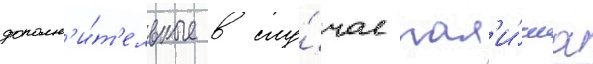
дополн'и́т'ельные в слу́чае нал'и́чиа